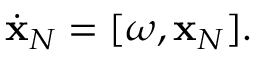
\begin{array} { r } { \dot { \bf x } _ { N } = [ \boldsymbol { \omega } , { \bf x } _ { N } ] . } \end{array}